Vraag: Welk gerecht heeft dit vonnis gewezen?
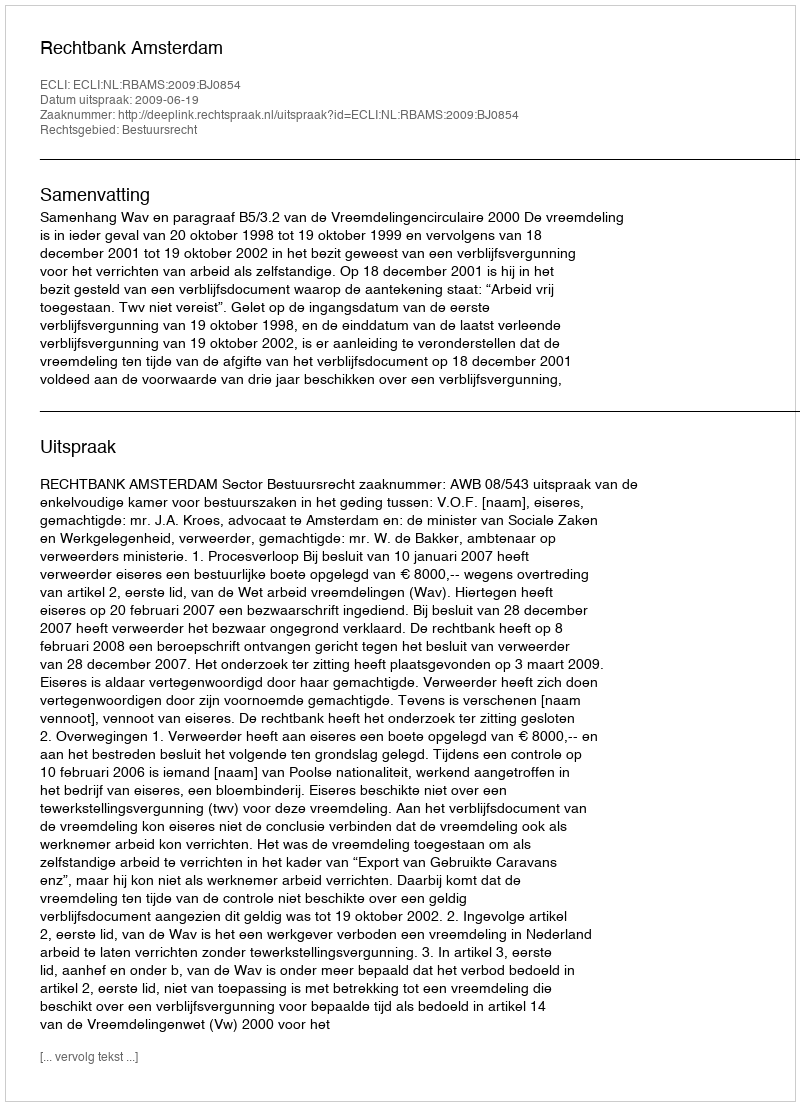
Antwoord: Rechtbank Amsterdam